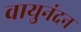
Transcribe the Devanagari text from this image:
वायुनंदन